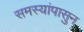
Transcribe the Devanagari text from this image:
समस्यांपासुन